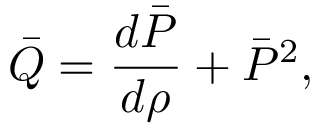
\bar { Q } = \frac { d \bar { P } } { d \rho } + \bar { P } ^ { 2 } ,